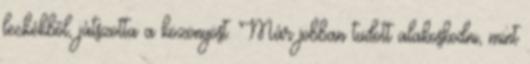
leckékből, játszotta a közönyöst. Már jobban tudott alakoskodni, mint